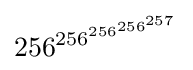
{\,\!256^{256^{256^{256^{257}}}}}